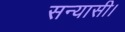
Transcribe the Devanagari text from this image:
सन्यासी।